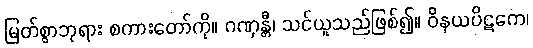
မြတ်စွာဘုရား စကားတော်ကို။ ဂဏှန္တီ၊ သင်ယူသည်ဖြစ်၍။ ဝိနယပိဋကေ၊